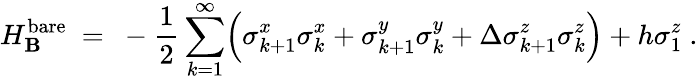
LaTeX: H_{\mathbf{B}}^{\mathrm{{bare}}}~=~-\frac{{1}}{{2}}\sum_{k=1}^{\infty}\Bigl(\sigma_{k+1}^{x}\sigma_{k}^{x}+\sigma_{k+1}^{y}\sigma_{k}^{y}+\Delta\sigma_{k+1}^{z}\sigma_{k}^{z}\Bigr)+h\sigma_{1}^{z}~.